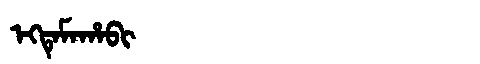
Manchu: ᡝᡴᡨᡝᠮᠠᡥᠠᠪᡳ
Romanization: EKTEMAHABI